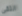
التقى